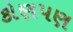
કોણપણ